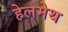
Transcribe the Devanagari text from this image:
हेलमेथ